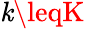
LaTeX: \mathit{k}\leqK